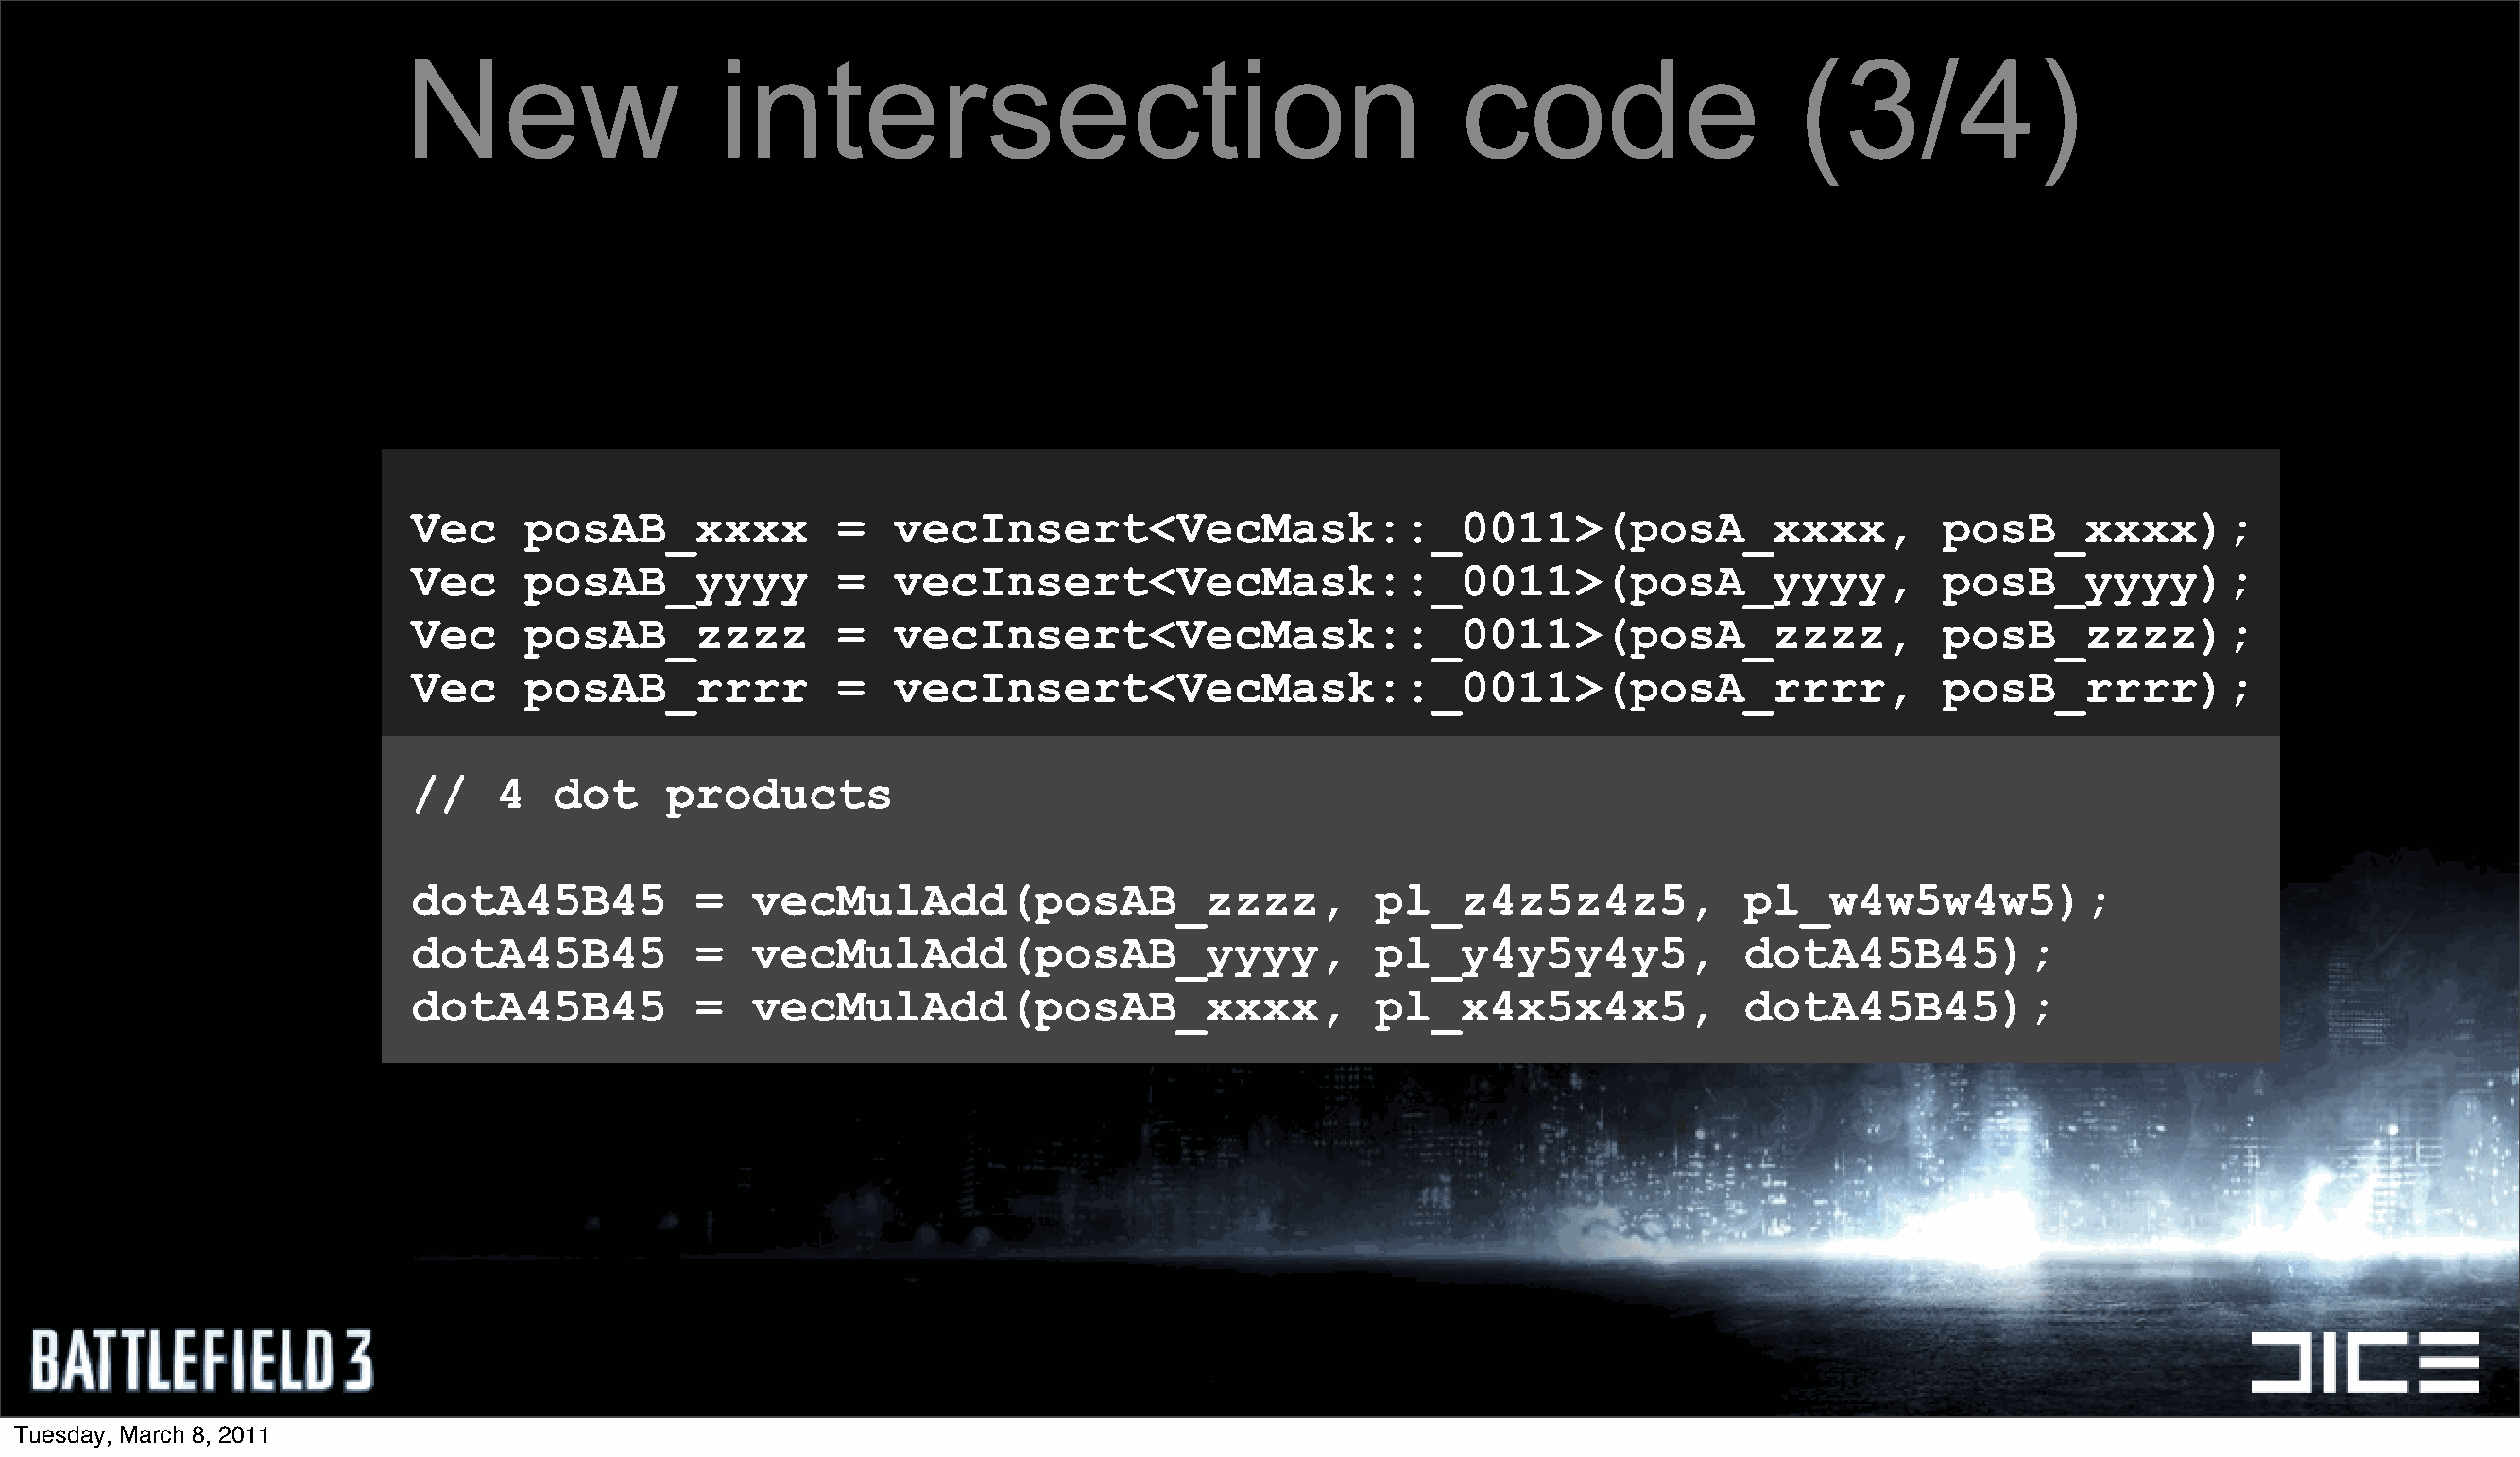
New                   intersection                                        code                    (3/4)
 Vec     posAB_xxxx            =   vecInsert<VecMask::_0011>(posA_xxxx,                                     posB_xxxx);
 Vec     posAB_yyyy            =   vecInsert<VecMask::_0011>(posA_yyyy,                                     posB_yyyy);
 Vec     posAB_zzzz            =   vecInsert<VecMask::_0011>(posA_zzzz,                                     posB_zzzz);
 Vec     posAB_rrrr            =   vecInsert<VecMask::_0011>(posA_rrrr,                                     posB_rrrr);
 //    4   dot     products
 dotA45B45           =   vecMulAdd(posAB_zzzz,                      pl_z4z5z4z5,              pl_w4w5w4w5);
 dotA45B45           =   vecMulAdd(posAB_yyyy,                      pl_y4y5y4y5,              dotA45B45);
 dotA45B45           =   vecMulAdd(posAB_xxxx,                      pl_x4x5x4x5,              dotA45B45);
 Tuesday, March 8, 2011